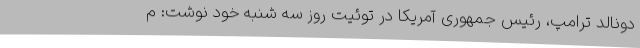
دونالد ترامپ، رئیس جمهوری آمریکا در توئیت روز سه شنبه خود نوشت: م